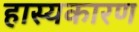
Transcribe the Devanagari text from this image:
हास्यकारण